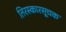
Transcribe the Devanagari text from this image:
तिरस्कारसूचक